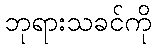
ဘုရားသခင်ကို